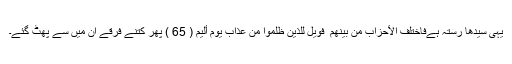
یہی سیدھا رستہ ہےفَاخْتَلَفَ الْأَحْزَابُ مِن بَيْنِهِمْ ۖ فَوَيْلٌ لِّلَّذِينَ ظَلَمُوا مِنْ عَذَابِ يَوْمٍ أَلِيمٍ ( 65 ) پھر کتنے فرقے ان میں سے پھٹ گئے۔